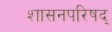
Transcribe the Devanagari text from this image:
शासनपरिषद्